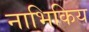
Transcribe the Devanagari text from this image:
नाभिकिय